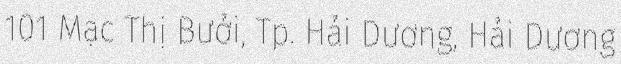
101 Mạc Thị Bưởi, Tp. Hải Dương, Hải Dương